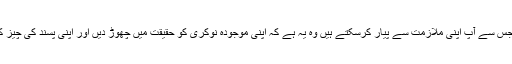
دوسرا طریقہ جس سے آپ اپنی ملازمت سے پیار کرسکتے ہیں وہ یہ ہے کہ اپنی موجودہ نوکری کو حقیقت میں چھوڑ دیں اور اپنی پسند کی چیز کو شروع کرنا۔